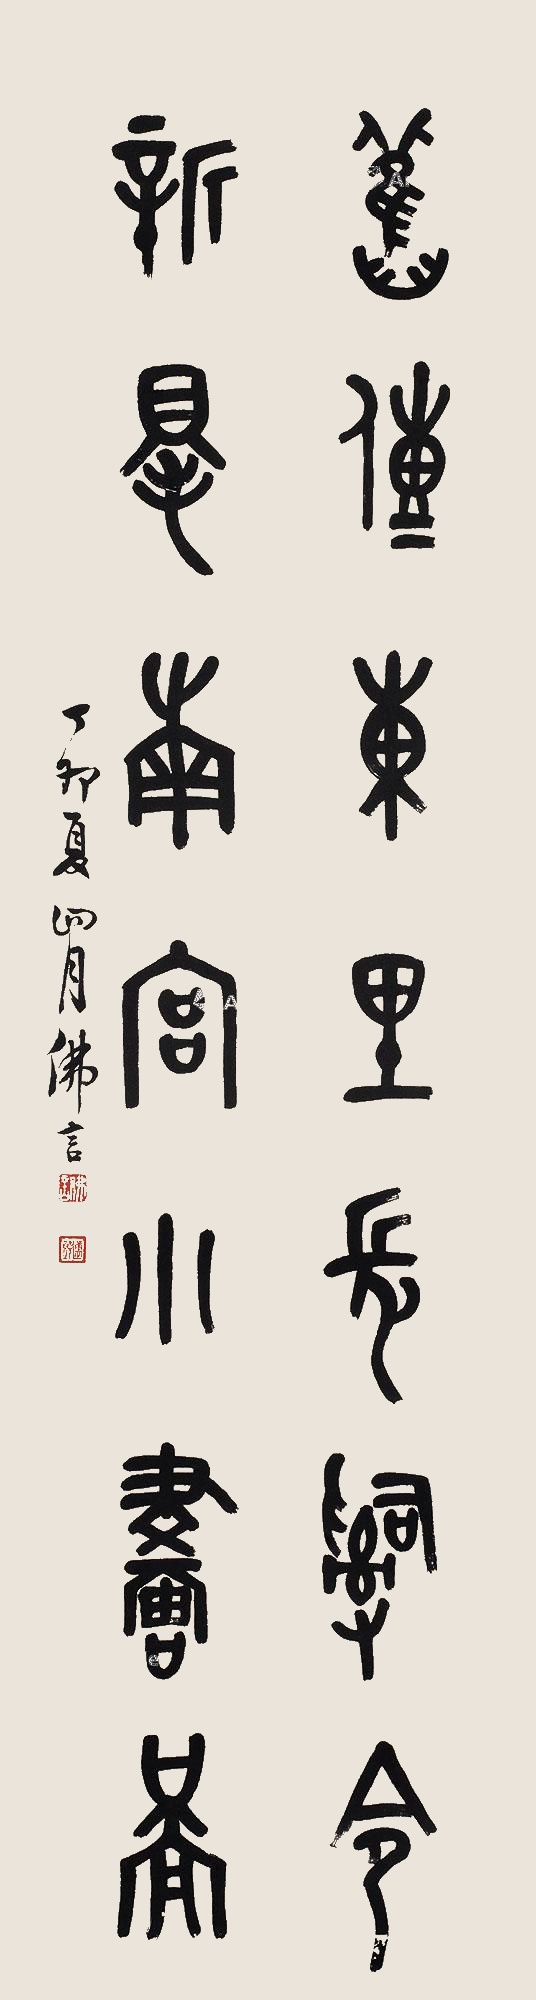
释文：旧传东里长辞令，新得南宫小画图。丁卯夏四月，佛言。